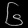
Digit: ၆